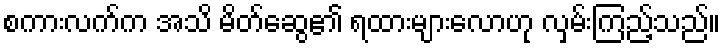
စကားလက်က အသိ မိတ်ဆွေ၏ ရထားများလောဟု လှမ်းကြည့်သည်။